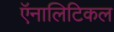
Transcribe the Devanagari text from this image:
ऍनालिटिकल